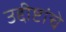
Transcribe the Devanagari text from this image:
उद्दीष्टांचे